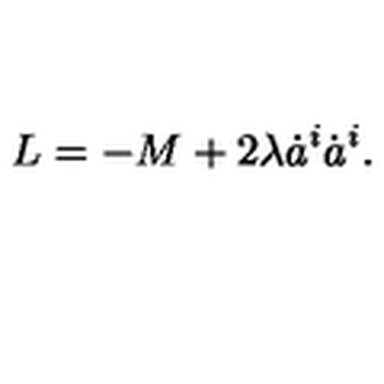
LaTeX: L = - M + 2 \lambda \dot { a } ^ { i } \dot { a } ^ { i } .